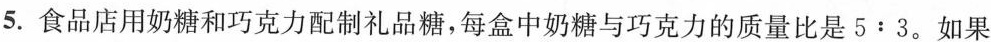
5.食品店用奶糖和巧克力配制礼品糖，每盒中奶糖与巧克力的质量比是5:3。如果